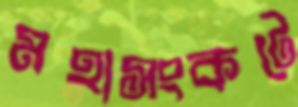
মহাসংকটে